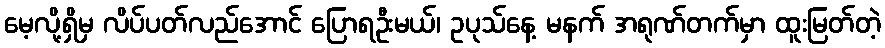
မေ့လို့ရှိမှ လိပ်ပတ်လည်အောင် ပြောရဦးမယ်၊ ဥပုသ်နေ့ မနက် အရုဏ်တက်မှာ ထူးမြတ်တဲ့